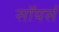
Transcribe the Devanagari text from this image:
सॉयर्स